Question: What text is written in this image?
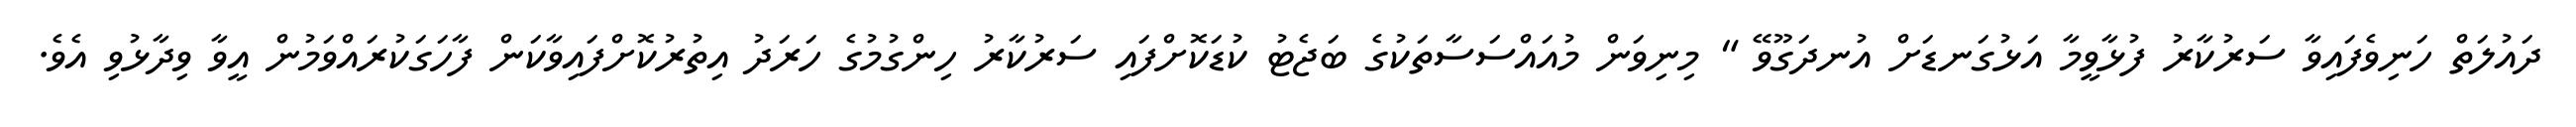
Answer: ދައުލަތް ހަނިވެފައިވާ ސަރުކާރު ފުޅާވީމާ އަޅުގަނޑަށް އުނދަގޫވޭ " މިނިވަން މުއައްސަސާތަކުގެ ބަޖެޓު ކުޑަކޮށްފައި ސަރުކާރު ހިންގުމުގެ ހަރަދު އިތުރުކޮށްފައިވާކަން ފާހަގަކުރައްވަމުން އީވާ ވިދާޅުވި އެވެ.